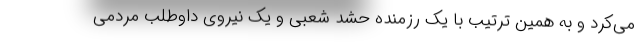
می‌کرد و به همین ترتیب با یک رزمنده حشد شعبی و یک نیروی داوطلب مردمی